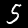
Label: 5